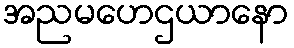
အညမဟေဌယာနော